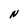
Character: N